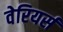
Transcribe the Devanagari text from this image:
वेरियर्स